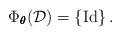
LaTeX: \begin{align*}\Phi_{\pmb{\theta}}(\mathcal{D})=\left\{\mathrm{Id}\right\}.\end{align*}